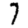
Digit: 7